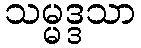
သမ္မဒ္ဒသာ